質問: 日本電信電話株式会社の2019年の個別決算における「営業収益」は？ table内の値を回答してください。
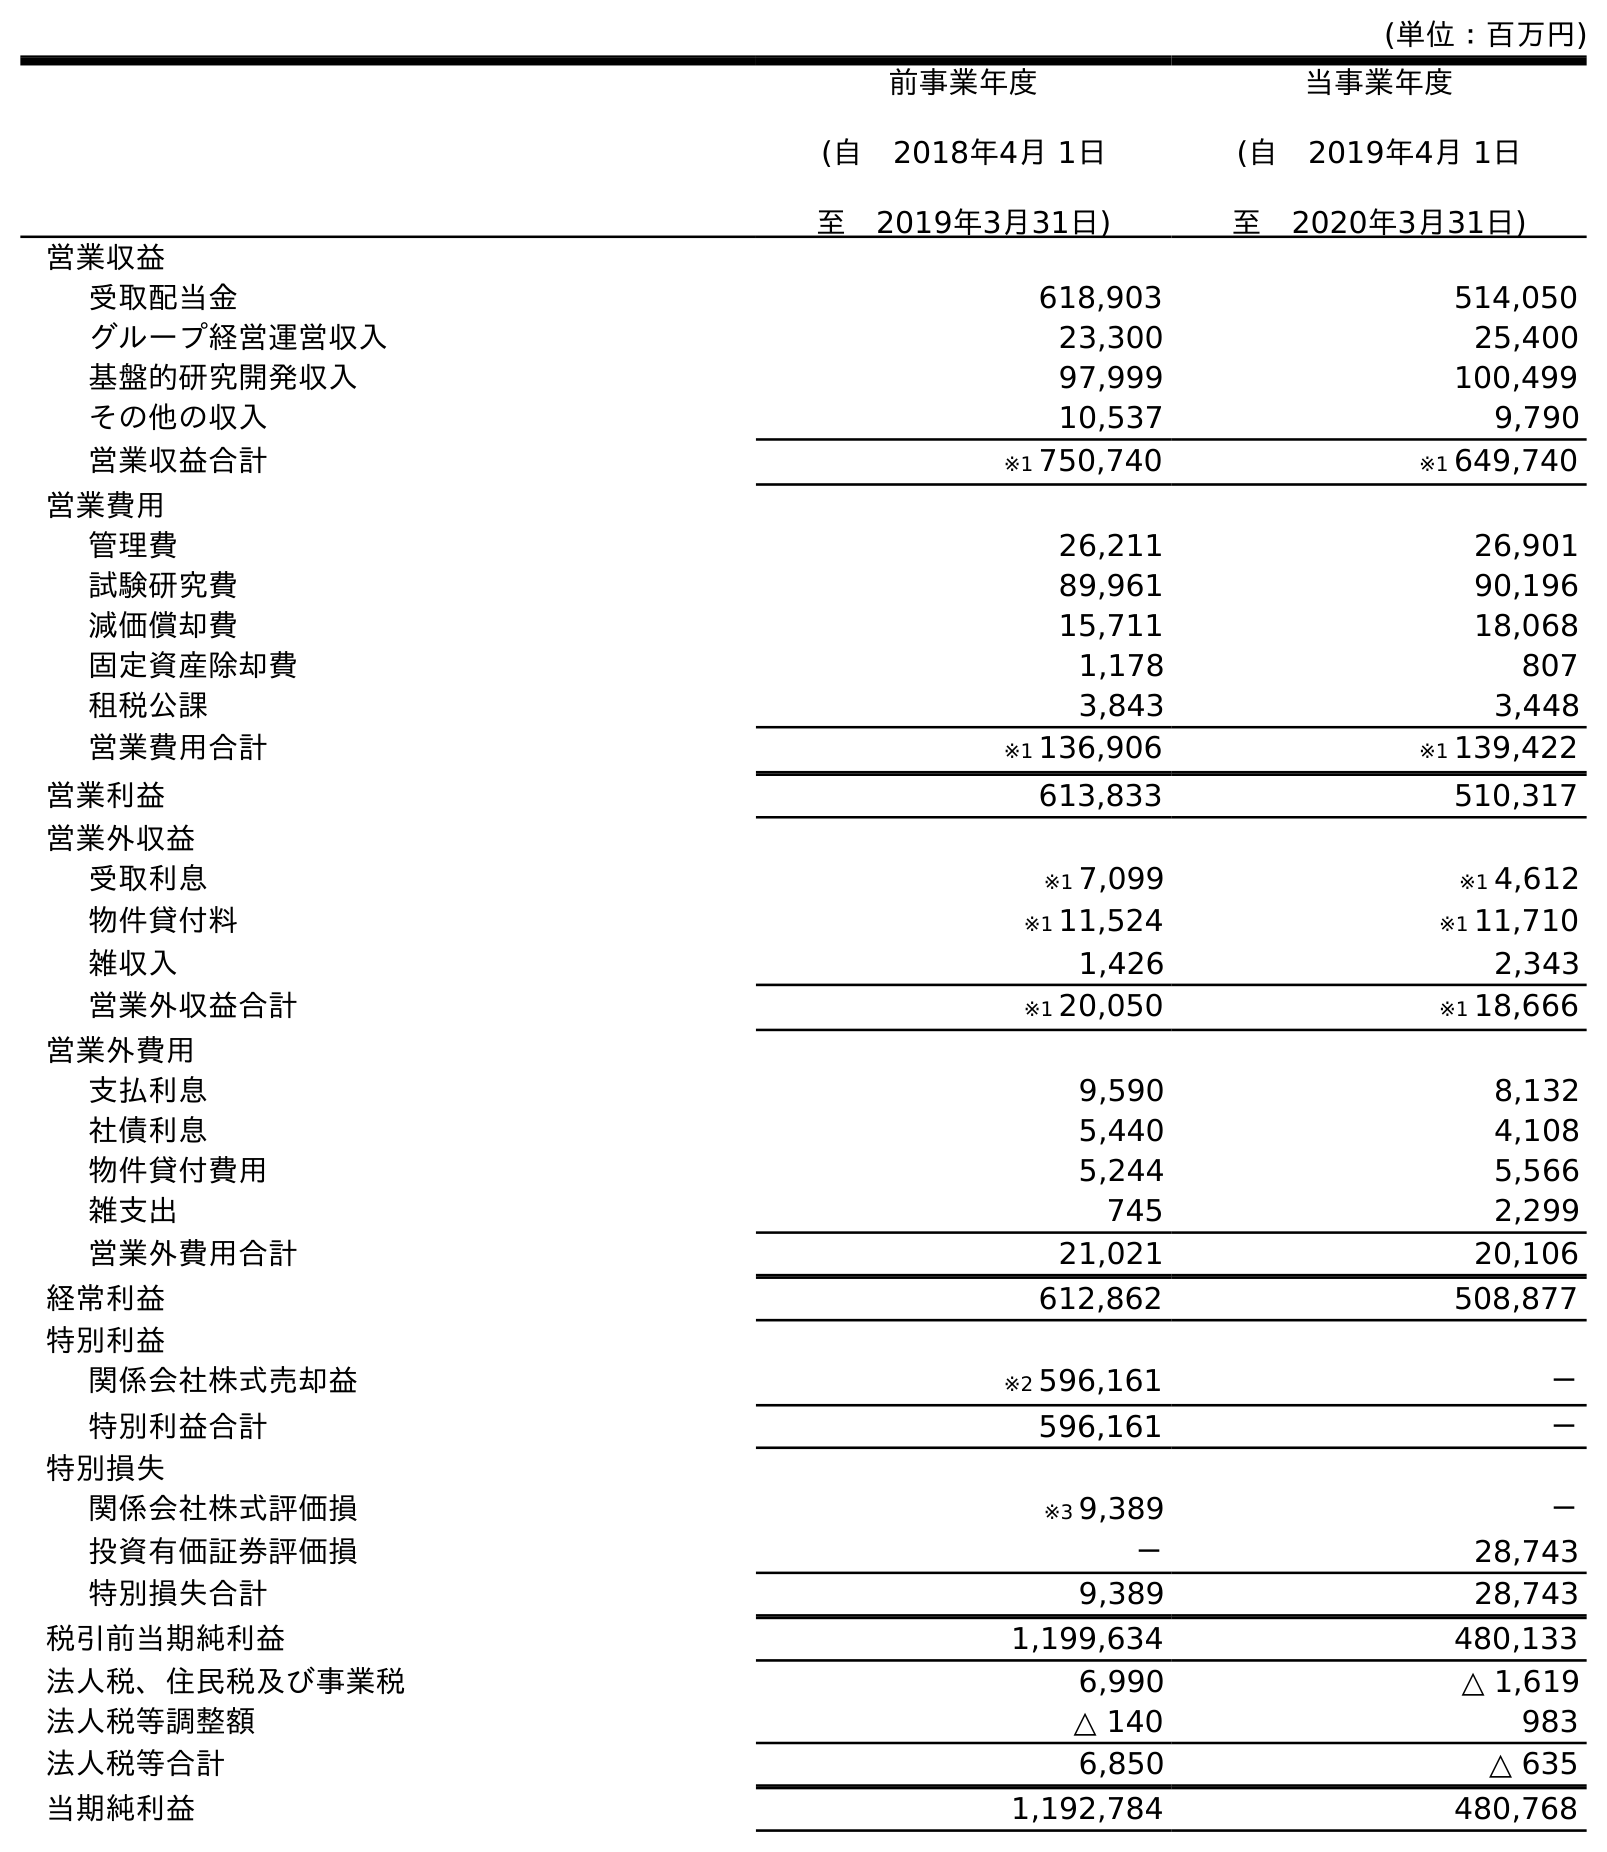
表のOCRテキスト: (単位：百万円) 前事業年度 (自 2018年4月 1日 至 2019年3月31日) 当事業年度 (自 2019年4月 1日 至 2020年3月31日) 営業収益 受取配当金 618,903 514,050 グループ経営運営収入 23,300 25,400 基盤的研究開発収入 97,999 100,499 その他の収入 10,537 9,790 営業収益合計 ※1 750,740 ※1 649,740 営業費用 管理費 26,211 26,901 試験研究費 89,961 90,196 減価償却費 15,711 18,068 固定資産除却費 1,178 807 租税公課 3,843 3,448 営業費用合計 ※1 136,906 ※1 139,422 営業利益 613,833 510,317 営業外収益 受取利息 ※1 7,099 ※1 4,612 物件貸付料 ※1 11,524 ※1 11,710 雑収入 1,426 2,343 営業外収益合計 ※1 20,050 ※1 18,666 営業外費用 支払利息 9,590 8,132 社債利息 5,440 4,108 物件貸付費用 5,244 5,566 雑支出 745 2,299 営業外費用合計 21,021 20,106 経常利益 612,862 508,877 特別利益 関係会社株式売却益 ※2 596,161 － 特別利益合計 596,161 － 特別損失 関係会社株式評価損 ※3 9,389 － 投資有価証券評価損 － 28,743 特別損失合計 9,389 28,743 税引前当期純利益 1,199,634 480,133 法人税、住民税及び事業税 6,990 △ 1,619 法人税等調整額 △ 140 983 法人税等合計 6,850 △ 635 当期純利益 1,192,784 480,768
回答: ※1750,740